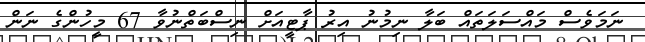
ނަމަވެސް މައްސަލަތައް ބަލާ ނިމުނު އިރު ޕާޓީއަށް ނިސްބަތްނުވާ 67 މީހުންގެ ނަން